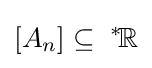
[A_{n}]\subseteq \;^{*}\!{\mathbb {R} }